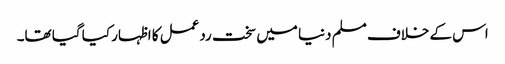
اس کے خلاف مسلم دنیا میں سخت ردعمل کا اظہار کیا گیا تھا۔